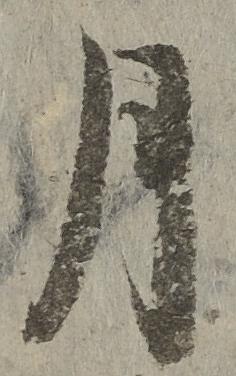
月